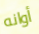
أوانه